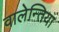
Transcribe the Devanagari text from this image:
वालेन्तिया